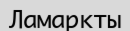
Ламаркты